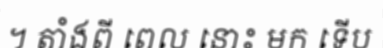
។ តាំងពី ពេល នោះ មក ទើប